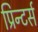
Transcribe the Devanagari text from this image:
प्रिन्टर्स